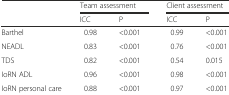
| <ROWSPAN=2>  | <COLSPAN=2> Team assessment | <COLSPAN=2> Client assessment |
 | ICC | P | ICC | P |
 | --- | --- | --- | --- | --- |
 | Barthel | 0.98 | <0.001 | 0.99 | <0.001 |
 | NEADL | 0.83 | <0.001 | 0.76 | <0.001 |
 | TDS | 0.82 | <0.001 | 0.54 | 0.015 |
 | IoRN ADL | 0.96 | <0.001 | 0.98 | <0.001 |
 | IoRN personal care | 0.88 | <0.001 | 0.97 | <0.001 |